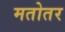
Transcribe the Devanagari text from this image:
मतोतर